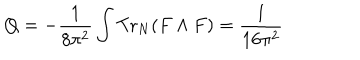
Q = - \frac { 1 } { 8 \pi ^ { 2 } } \int \mathrm { T r } _ { N } ( F \wedge F ) = \frac { 1 } { 1 6 \pi ^ { 2 } }